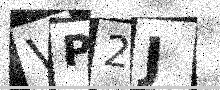
Text: VP2J